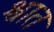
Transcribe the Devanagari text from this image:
श्वात